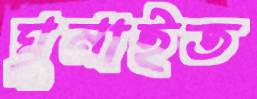
ঘুমাইত